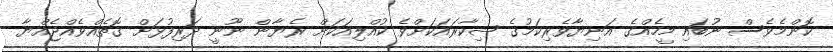
ކޮންމެވެސް ނުބައި މީހެއްގެ އަނިޔާވެރިކަމުގެ ޝިކާރައަކަށްވެ ކުއްލިއަކަށް ރެޔާން ނޫނީ ދަރިފުޅަށް ގޮތެއްވެއްޖެއްޔާ